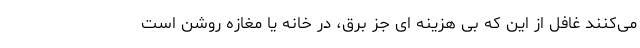
می‌کنند غافل از این که بی هزینه ای جز برق، در خانه یا مغازه روشن است